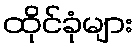
ထိုင်ခုံများ